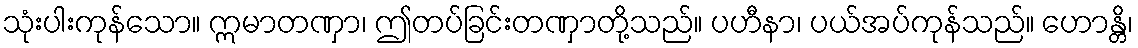
သုံးပါးကုန်သော။ ဣမာတဏှာ၊ ဤတပ်ခြင်းတဏှာတို့သည်။ ပဟီနာ၊ ပယ်အပ်ကုန်သည်။ ဟောန္တိ၊